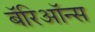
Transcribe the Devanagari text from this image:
बॅरिऑन्स